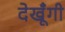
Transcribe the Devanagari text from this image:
देखूँगी